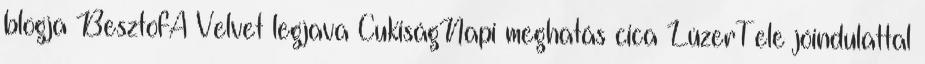
blogja BesztofA Velvet legjava CukiságNapi meghatás cica LúzerTele jóindulattal